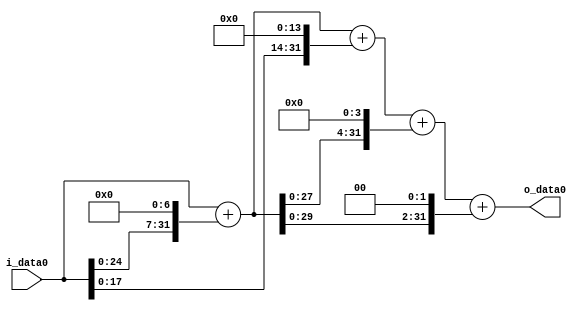
module multiplier_block_62 (
    i_data0,
    o_data0
);
  input   [31:0] i_data0;
  output  [31:0]
    o_data0;
  wire [31:0]
    w1,
    w128,
    w129,
    w16384,
    w16513,
    w2064,
    w18577,
    w516,
    w19093;
  assign w1 = i_data0;
  assign w128 = w1 << 7;
  assign w129 = w1 + w128;
  assign w16384 = w1 << 14;
  assign w16513 = w129 + w16384;
  assign w18577 = w16513 + w2064;
  assign w19093 = w18577 + w516;
  assign w2064 = w129 << 4;
  assign w516 = w129 << 2;
  assign o_data0 = w19093;
endmodule